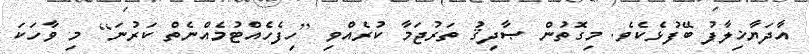
އާދަޔާޚިލާފު ބޭފުޅެކެވެ. މިގޮތުން ޞާދިޤު ތަރުޖަމާ ކުރެއްވި [ހިފެހެއްޓުމެއްނެތް ކަރުނަ] މި ވާހަކަ